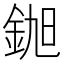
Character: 𮡵